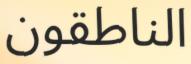
الناطقون